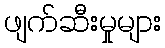
ဖျက်ဆီးမှုများ